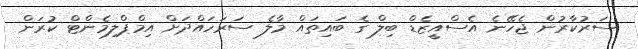
ސަރުކާރުން ޖެހޭނެ އެސްއީޒެޑް ބިލް ގެ ބައިތައް މާލެ ސަރަހައްދަށް އިމްޕްލިމެންޓް ކުރަން